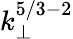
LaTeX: k_{\perp}^{5/3-2}